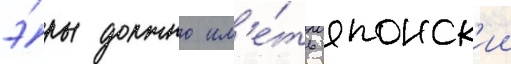
э́ры должно им'е́ть японск'ии